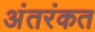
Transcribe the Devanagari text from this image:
अंतरंकत